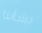
بشأننا